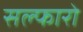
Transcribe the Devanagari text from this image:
सल्फारो